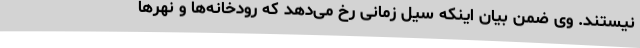
نیستند. وی ضمن بیان اینکه سیل زمانی رخ می‌دهد که رودخانه‌ها و نهرها